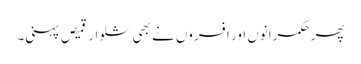
پھر حکمرانوں اور افسروں نے بھی شلوار قمیص پہنی۔